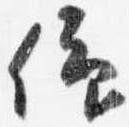
仰